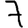
Digit: 7